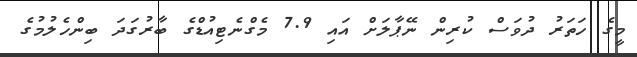
މީގެ ހަތަރު ދުވަސް ކުރިން ނޭޕާލަށް އައި 7.9 މެގްނެޓިއުޑްގެ ބާރުގަދަ ބިންހެލުމުގެ